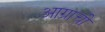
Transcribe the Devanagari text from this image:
आग्राची